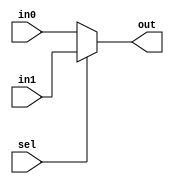
`timescale 1ns / 1ps
//-------------------------------------------------------
// Title        : MUX.
// Library      : nanoLADA
// Purpose      : Computer Architecture
// Developers   : Krerk Piromsopa, Ph. D.
//              : Chulalongkorn University.
module mux2_1(out,in0,in1,sel);
parameter WIDTH=32;
output	[WIDTH-1:0]	out;
input	[WIDTH-1:0]	in0;
input	[WIDTH-1:0]	in1;
input				sel;

assign out=sel?in1:in0;

endmodule